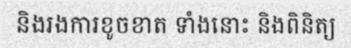
និងរងការខូចខាត ទាំងនោះ និងពិនិត្យ